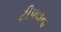
ટીપવાના